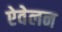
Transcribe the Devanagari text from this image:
ऐवेलन